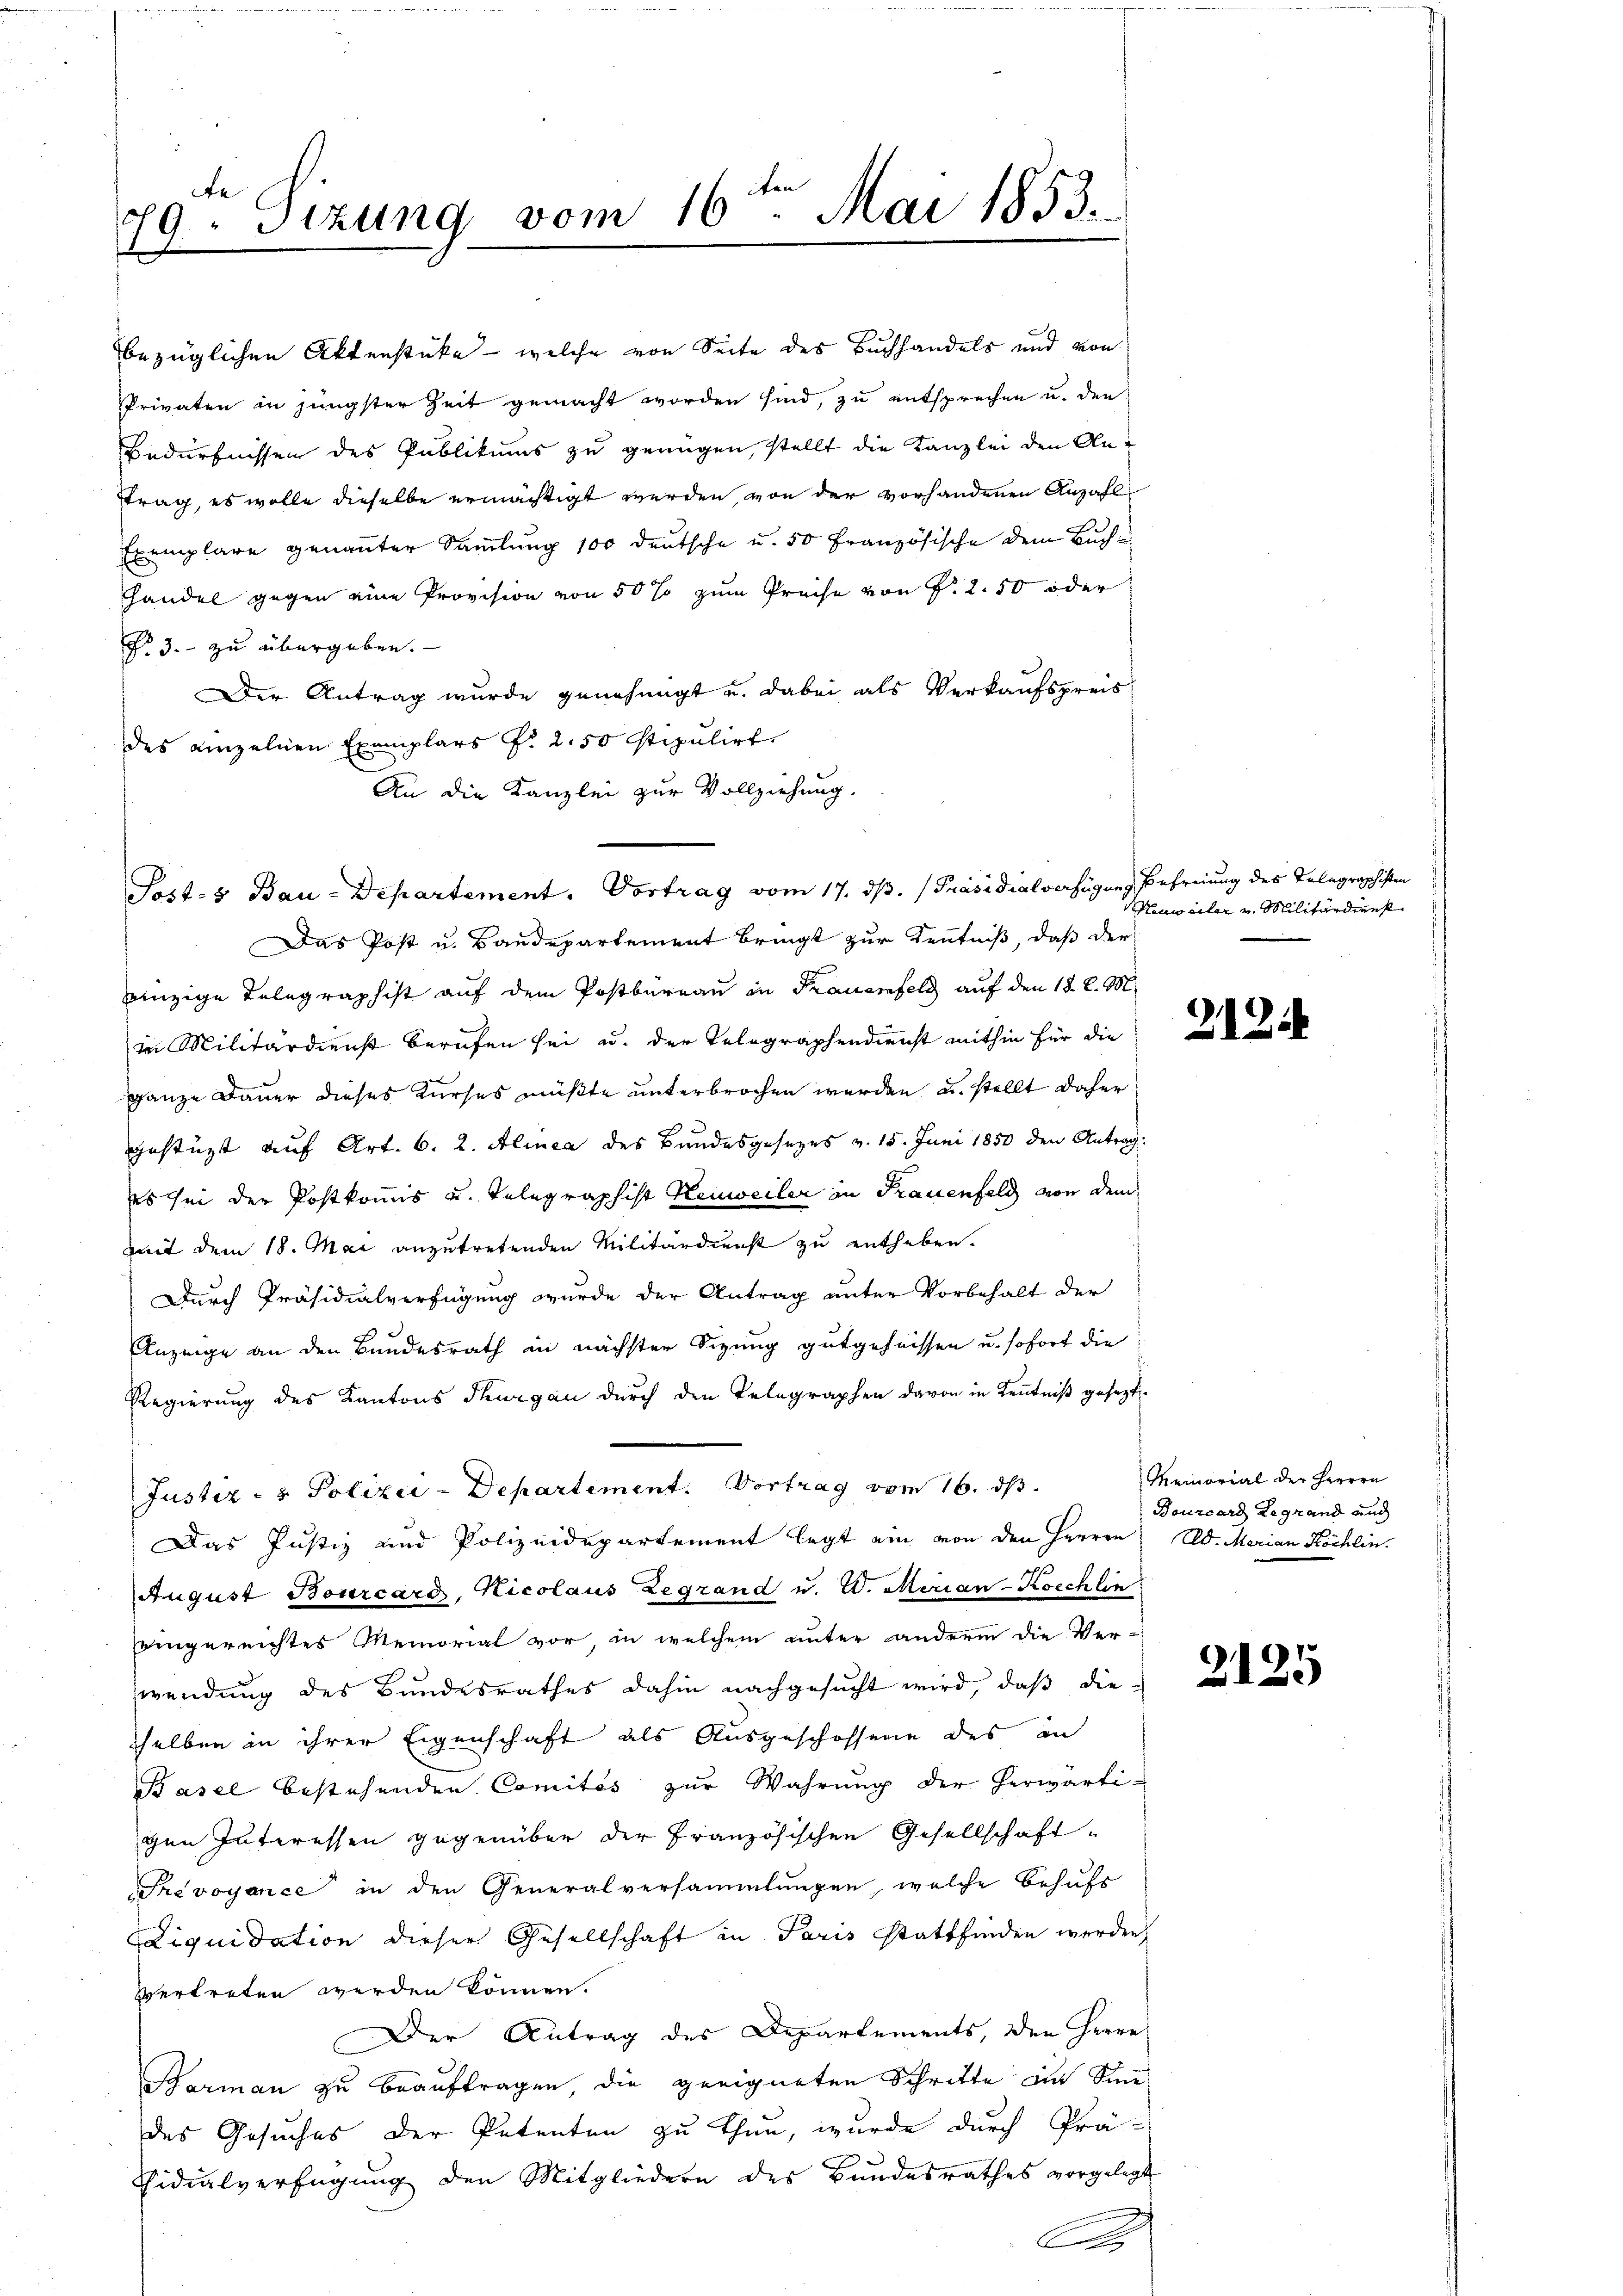
79. Sizung vom 16ten Mai 1853.
x

bezüglichen Aktenstüke - welche von Seite des Buchhandels und von
Privaten in jüngster Zeit gemacht worden sind, zu entsprechen u. den
Bedürfnissen des Publikums zu genügen, stellt die Kanzlei den Antrag, es wolle dieselbe ermächtigt werden, von der vorhandenen Anzahl
Exemplare genannter Sammlung 100 deutsche u. 50 Französische dem Buch¬
Handel gegen eine Provision von 50 % zum Preise von P. 2.50 oder
§. 3. zu übergeben.
Der Antrag wurde genehmigt u. dabei als Verkaufspreisdes einzelnen Exemplars P. 2.50 stipulirt.
An die Kanzlei zur Vollziehung.
Post- & Bau-Departement. Vortrag vom 17. dβ. [Präsidialverfügung, Befreiung des Telegraphisten
Das Post u. Baudepartement bringt zur Kenntniß, daß der
einzige Telegraphist auf dem Postbüreau in Frauerfeld auf den 18. d. M.
in Militärdienst berufen sei u. der Telegraphendienst mithin für die
ganze Dauer dieses Kurses müßte unterbrochen werden, u. stellt daher
gestüzt auf Art. 6. 2. Alinea des Bundesgesezes v. 15. Juni 1850 den Antrag:
es sei der Postkommis und Telegraphist Heuweiler in Frauenfeld von dem
mit dem 18. Mai anzutretenden Militärdienst zu entheben.
Durch Präsidialverfügung wurde der Antrag unter Vorbehalt der
Anzeige an den Bundesrath in nächster Sizung gutgeheissen u. sofort die
Regierung des Kantons Thurgau durch den Telegraphen davon in Kenntniß gesezt.
Justiz- & Polizei-Departement. Vortrag von 16. ds.
Das Justiz und Polizeidepartement legt ein von den Herren Ed. Merian Köchlin.
August Bourcaro, Nicolaus Legrand u. W. Merian-Koechlin
eingereichtes Memorial vor, in welchem unter andrem die Ver-
wendung des Bundesrathes dahin nachgesucht wird, daß die-
sselben in ihrer Eigenschaft als Ausgeschossene des in
Basel bestehenden Comités zur Wahrung der herwärti-
gen Interessen gegenüber der Französischen Gesellschaft-
Prevoyance in den Generalversammlungen, welche Behufs
Liquidation dieser Gesellschaft in Paris stattfinden werden,
vertreten werden können.
Der Antrag des Departements, den Herrn
Barman zu beauftragen die geeigneten Schritte an Sinn
des Gesuches der Petenten zu thun, wurde durch Prä-
Sidialverfügung den Mitgliedern des Bundesrathes vorgelegt
A

Heuweiler v. Militärdiens

212

Memorial der Herrrn
Bourcard Legrand und

2125